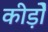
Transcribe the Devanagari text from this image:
कीड़ोे